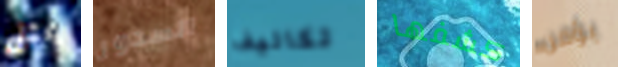
بمثل الصدور تكاليف كشفها يؤمن